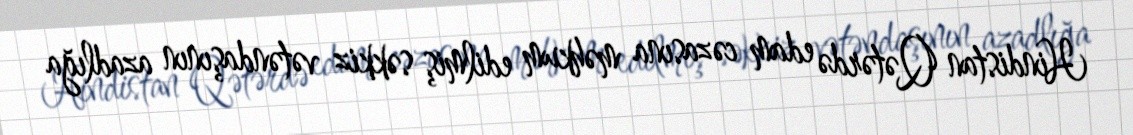
Hindistan Qətərdə edam cəzasına məhkum edilmiş səkkiz vətəndaşının azadlığa